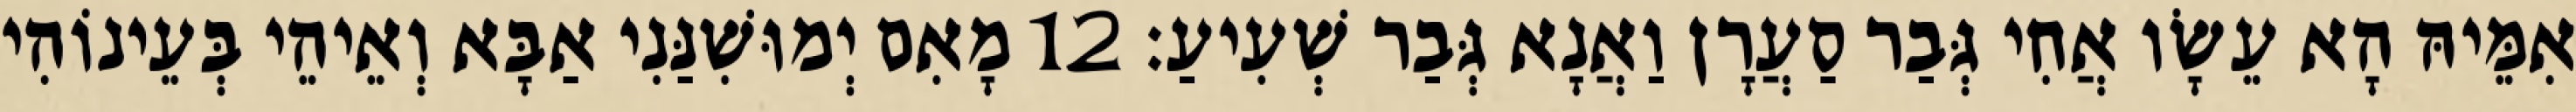
אִמֵּיהּ הָא עֵשָׂו אֲחִי גְּבַר סַעֲרָן וַאֲנָא גְּבַר שְׁעִיעַ׃ 12 מָאִם יְמוּשִׁנַּנִי אַבָּא וְאֵיהֵי בְּעֵינוֹהִי